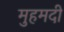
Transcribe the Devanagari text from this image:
मुहमदी